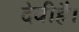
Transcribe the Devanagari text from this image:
देवीहै।